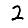
Digit: 2